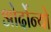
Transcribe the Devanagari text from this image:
ओर्दोन्यो